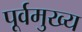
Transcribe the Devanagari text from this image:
पूर्वमुख्य